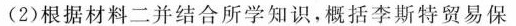
(2)根据材料二并结合所学知识，概括李斯特贸易保